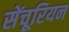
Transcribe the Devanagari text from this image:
सेंचूरियन